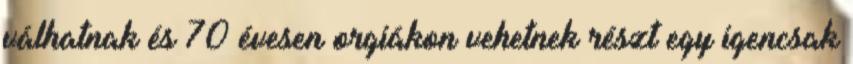
válhatnak és 70 évesen orgiákon vehetnek részt egy igencsak